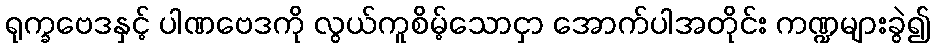
ရုက္ခဗေဒနှင့် ပါဏဗေဒကို လွယ်ကူစိမ့်သောငှာ အောက်ပါအတိုင်း ကဏ္ဍများခွဲ၍